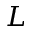
L